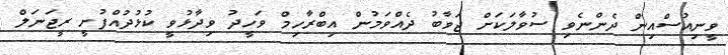
ވީނިއުސްއިން ދެންނެވި ސުވާލަކަށް ޖަވާބު ދެއްވަމުން އިބްރާހިމް ވަހީދު ވިދާޅުވީ ކުޅުދުއްފުށީ ރީޖަނަލް